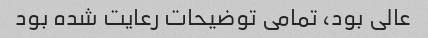
عالی بود، تمامی توضیحات رعایت شده بود